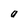
Character: a